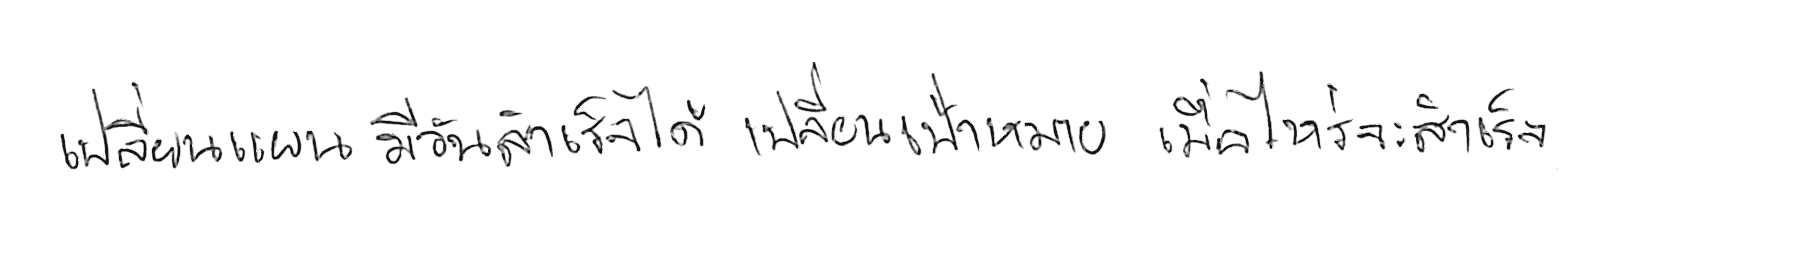
เปลี่ยนแผน มีวันสำเร็จได้ เปลี่ยนเป้าหมาย เมื่อไหร่จะสำเร็จ